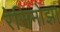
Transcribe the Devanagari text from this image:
रेसिमोझा